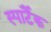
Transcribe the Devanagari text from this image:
स्पार्टैक